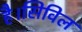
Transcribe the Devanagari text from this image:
है।सिविल